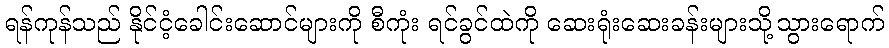
ရန်ကုန်သည် နိုင်ငံ့ခေါင်းဆောင်များကို စီကုံး ရင်ခွင်ထဲကို ဆေးရုံးဆေးခန်းများသို့သွားရောက်